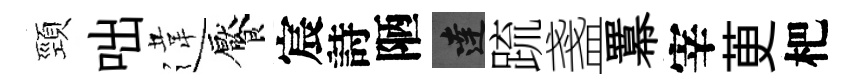
頸咄違饜宸詩陋達䟽盞羃宰茰杷